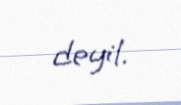
deyil.